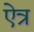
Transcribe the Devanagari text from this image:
ऐत्र